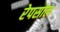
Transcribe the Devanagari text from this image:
रेपसोल